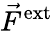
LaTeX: \vec{F}^{\mathrm{ext}}